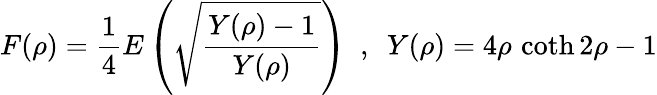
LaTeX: F(\rho)=\frac{1}{4}E\left(\sqrt{\frac{Y(\rho)-1}{Y(\rho)}}\right)~~,~~Y(\rho)=4\rho\, \coth 2\rho-1